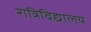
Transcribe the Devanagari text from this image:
रात्रिविद्यालय